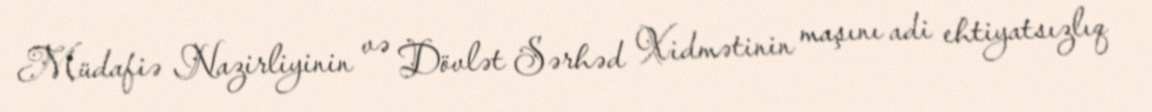
Müdafiə Nazirliyinin və Dövlət Sərhəd Xidmətinin maşını adi ehtiyatsızlıq